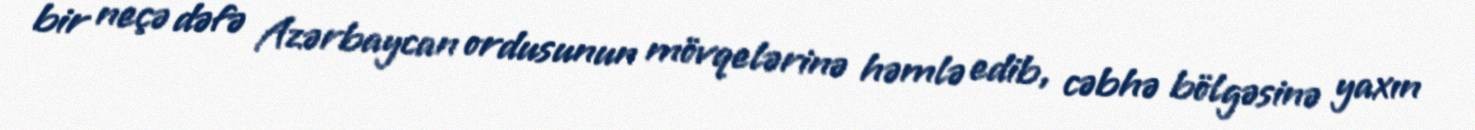
bir neçə dəfə Azərbaycan ordusunun mövqelərinə həmlə edib, cəbhə bölgəsinə yaxın